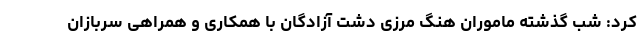
کرد: شب گذشته ماموران هنگ مرزی دشت آزادگان با همکاری و همراهی سربازان